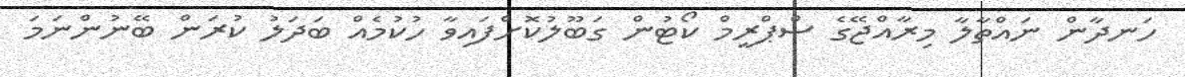
ހަނދާން ނައްތާލާ މިރާއްޖޭގެ ސްޕްރީމް ކޯޓުން ގަބޫލުކޮށްފައިވާ ހުކުމެއް ބަދަލު ކުރަން ބޭނުންނަމަ